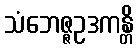
သံဘေဇ္ဇဥဒကန္တိ